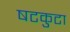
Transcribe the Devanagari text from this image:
षटकुटा